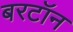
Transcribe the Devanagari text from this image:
बरटॉन